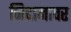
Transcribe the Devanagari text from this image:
निदानावर